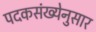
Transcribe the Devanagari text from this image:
पदकसंख्येनुसार